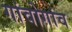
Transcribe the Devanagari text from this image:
गांवोगांव